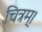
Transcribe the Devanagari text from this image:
चित्रम्।